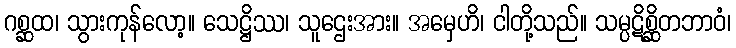
ဂစ္ဆထ၊ သွားကုန်လော့။ သေဋ္ဌိဿ၊ သူဌေးအား။ အမှေဟိ၊ ငါတို့သည်။ သမ္ပဋိစ္ဆိတဘာဝံ၊